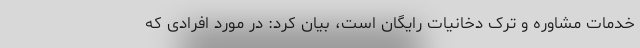
خدمات مشاوره و ترک دخانیات رایگان است، بیان کرد: در مورد افرادی که